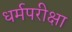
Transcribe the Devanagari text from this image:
धर्मपरीक्षा